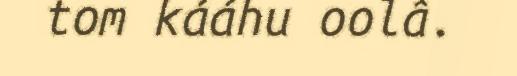
tom kááhu oolâ.